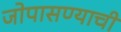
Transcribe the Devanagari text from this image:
जोपासण्याची